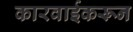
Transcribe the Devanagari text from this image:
कारवाईकरून